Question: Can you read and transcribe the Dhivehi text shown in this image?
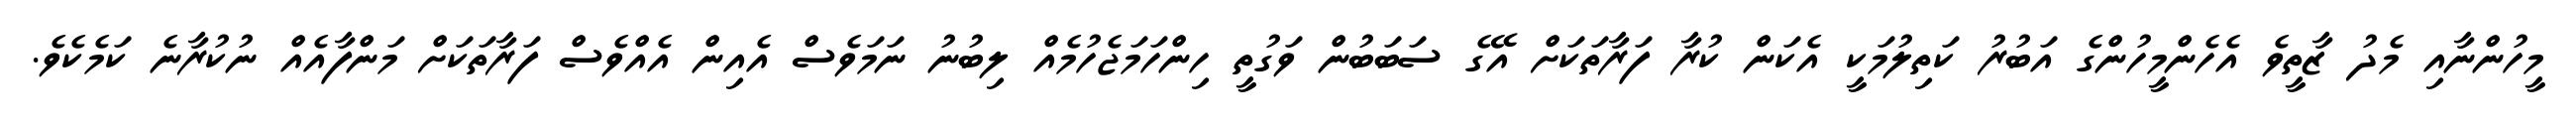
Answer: މީހުންނާއި މެދު ޒާތީވެ އެހެންމީހުންގެ އަބުރު ކަތިލުމަކީ އެކަން ކުރާ ފަރާތަކަށް އޭގެ ސަބަބުން ވަގުތީ ހިންހަމަޖެހުމެއް ލިބުނު ނަމަވެސް އެއިން އެއްވެސް ފަރާތަކަށް މަންފާއެއް ނުކުރާނެ ކަމެކެވެ.